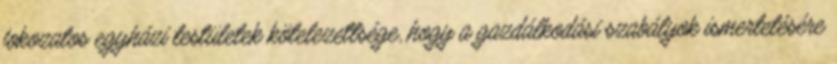
fokozatos egyházi testületek kötelezettsége, hogy a gazdálkodási szabályok ismertetésére